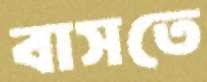
বাসতে